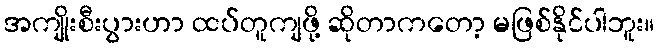
အကျိုးစီးပွားဟာ ထပ်တူကျဖို့ ဆိုတာကတော့ မဖြစ်နိုင်ပါဘူး။